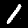
Digit: 1